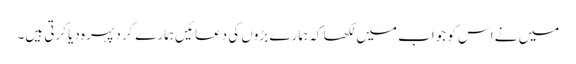
میں نے اس کو جواب میں لکھا کہ ہمارے بڑوں کی دعائیں ہمارے گرد پہرہ دیا کرتی ہیں۔